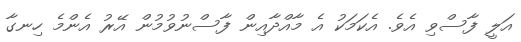
އަލީ ފާސްވި އެވެ. އެކަމަކު އެ މާއްދާއިން ފާސްނުވުމުން އޭރު އެންމެ ހިނގާ